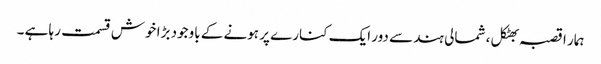
ہمار ا قصبہ بھٹکل ، شمالی ہند سے دور ایک کنارے پر ہونے کے باوجود بڑا خوش قسمت رہا ہے ۔